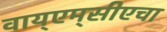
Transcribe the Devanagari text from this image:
वाय्‌एम्‌सीएचा